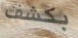
بكشف